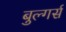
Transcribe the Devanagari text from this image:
बुल्गर्स